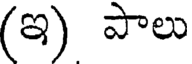
(ఇ) పాలు